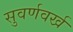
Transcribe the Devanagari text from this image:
सुवर्णवर्ख